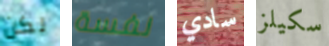
لكن نفسة سادي سكيلز